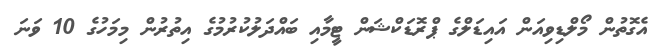
އެގޮތުން މޯލްޑިވިއަން އައިޑަލްގެ ޕްރޮޑަކްޝަން ޓީމާއި ބައްދަލުކުރުމުގެ އިތުރުން މިމަހުގެ 10 ވަނަ